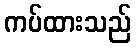
ကပ်ထားသည်